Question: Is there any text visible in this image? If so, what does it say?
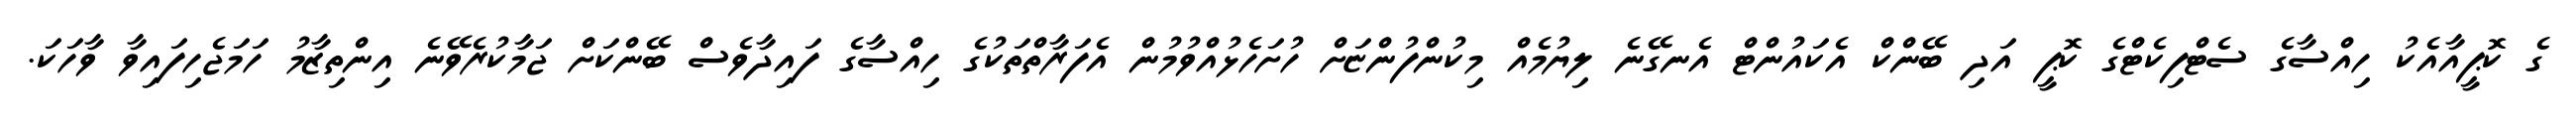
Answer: ގެ ކޮޕީއާއެކު ހިއްސާގެ ސެޓްފިކެޓްގެ ކޮޕީ އަދި ބޭންކް އެކައުންޓް އެނގޭނެ ލިޔުމެއް މިކުންފުންޏަށް ހުށަހެޅުއްވުމުން އެފަރާތްތަކުގެ ހިއްސާގެ ފައިދާވެސް ބޭންކަށް ޖަމާކުރެވޭނެ އިންތިޒާމު ހަމަޖެހިފައިވާ ވާހަކަ.